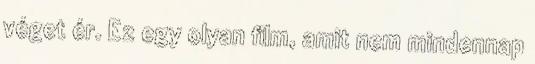
véget ér. Ez egy olyan film, amit nem mindennap